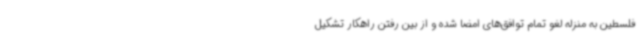
فلسطین به منزله لغو تمام توافق‌های امضا شده و از بین رفتن راهکار تشکیل